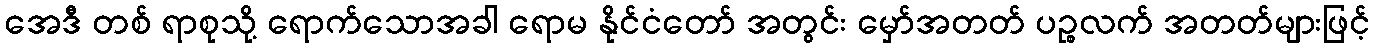
အေဒီ တစ် ရာစုသို့ ရောက်သောအခါ ရောမ နိုင်ငံတော် အတွင်း မှော်အတတ် ပဉ္စလက် အတတ်များဖြင့်